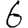
Digit: 6